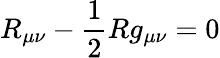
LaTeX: R_{\mu\nu}-\frac{1}{2}Rg_{\mu\nu}=0